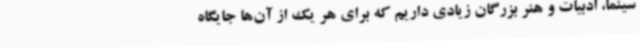
سینما، ادبیات و هنر بزرگان زیادی داریم که برای هر یک از آن‌ها جایگاه